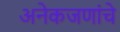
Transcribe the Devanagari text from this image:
अनेकजणांचे